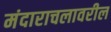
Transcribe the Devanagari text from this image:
मंदाराचलावरील